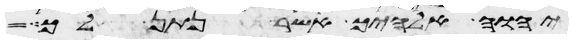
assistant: יהוה אלהיך אשר נתן לך